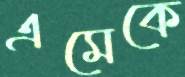
এমেকে